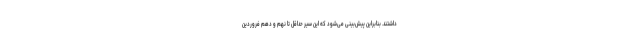
داشتند. بنابراین پیش‌بینی می‌شود که این سیر حداقل تا نهم و دهم فروردین